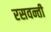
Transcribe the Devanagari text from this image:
रसवन्ती